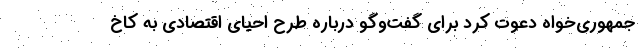
جمهوری‌خواه دعوت کرد برای گفت‌وگو درباره طرح احیای اقتصادی به کاخ